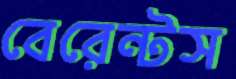
বেরেন্টস